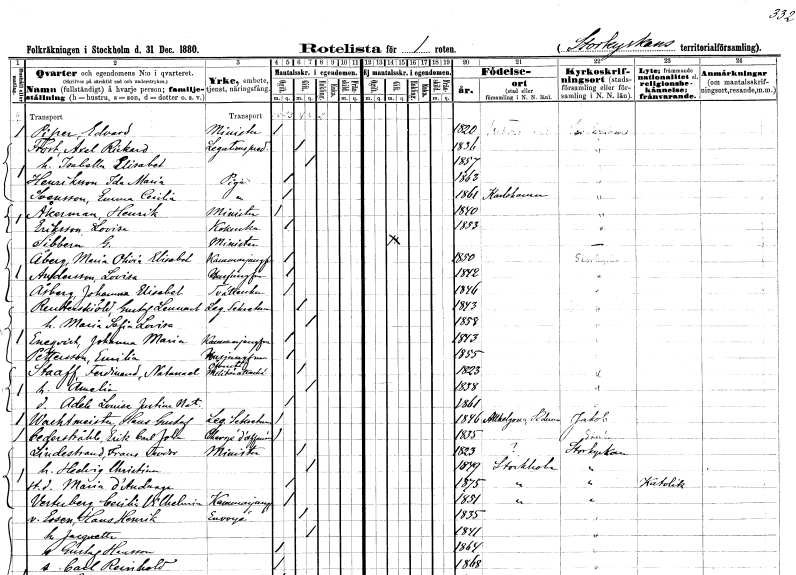
gt_parse: households: individuals: FN: Edvard
EN: Piper
YRKE: Minister
KON: M
CIV: O
FODAR: 1820
FODFORS: Hovförsamlingen Stockholms stad
FN: Axel Rickard
EN: Frost
YRKE: Legationspredikant
KON: M
CIV: G
FODAR: 1836
FN: Isabella Elisabet
KON: K
CIV: G
FODAR: 1857
FN: Ida Maria
EN: Henriksson
YRKE: Piga
KON: K
CIV: O
FODAR: 1863
FN: Emma Cecilia
EN: Svensson
YRKE: Piga
KON: K
CIV: O
FODAR: 1861
FODFORS: Karlshamn Blekinge län
FN: Henrik
EN: Åkerman
YRKE: Minister
KON: M
CIV: O
FODAR: 1840
FN: Lovisa
EN: Eriksson
YRKE: Kokerska
KON: K
CIV: O
FODAR: 1853
FN: G.
EN: Sibbern
YRKE: Minister
KON: M
CIV: G
FODAR: ????
FN: Maria Olivia Elisabet
EN: Åberg
YRKE: Kammarjungfru
KON: K
CIV: O
FODAR: 1850
FN: Lovisa
EN: Andersson
YRKE: Husjungfru
KON: K
CIV: O
FODAR: 1842
FN: Johanna Elisabet
EN: Årberg
YRKE: Tvätterska
KON: K
CIV: O
FODAR: 1846
FN: Gustaf Lennart
EN: Reuterskiöld
YRKE: Legationssekreterare
KON: M
CIV: G
FODAR: 1843
FN: Maria Sofia Lovisa
KON: K
CIV: G
FODAR: 1858
FN: Johanna Maria
EN: Eneqvist
YRKE: Kammarjungfru
KON: K
CIV: O
FODAR: 1843
FN: Emilia
EN: Pettersson
YRKE: Husjungfru
KON: K
CIV: O
FODAR: 1855
FN: Ferdinand Natanael
EN: Staaff
YRKE: Överste Militärattache
KON: M
CIV: G
FODAR: 1823
FN: Amelia
KON: K
CIV: G
FODAR: 1838
FN: Adele Louise Justina Natalia
KON: K
CIV: O
FODAR: 1861
FN: Hans Gustaf
EN: Wachtmeister
YRKE: Legationssekreterare
KON: M
CIV: O
FODAR: 1846
FODFORS: Helgona Södermanlands län
FN: Erik Carl John
EN: Cederstråhle
YRKE: Chargé d' affaires
KON: M
CIV: O
FODAR: 1835
FN: Frans Teodor
EN: Lindestrand
YRKE: Minister
KON: M
CIV: G
FODAR: 1823
FN: Hedvig Christina
KON: K
CIV: G
FODAR: 1849
FODFORS: Stockholm
FN: Maria
EN: d'Anduaga
KON: K
CIV: O
FODAR: 1875
FODFORS: Stockholm
FN: Cecilia Vilhelmina
EN: Vesterberg
YRKE: Kammarjungfru
KON: K
CIV: O
FODAR: 1851
FODFORS: Stockholm